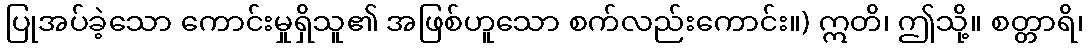
ပြုအပ်ခဲ့သော ကောင်းမှုရှိသူ၏ အဖြစ်ဟူသော စက်လည်းကောင်း။) ဣတိ၊ ဤသို့။ စတ္တာရိ၊